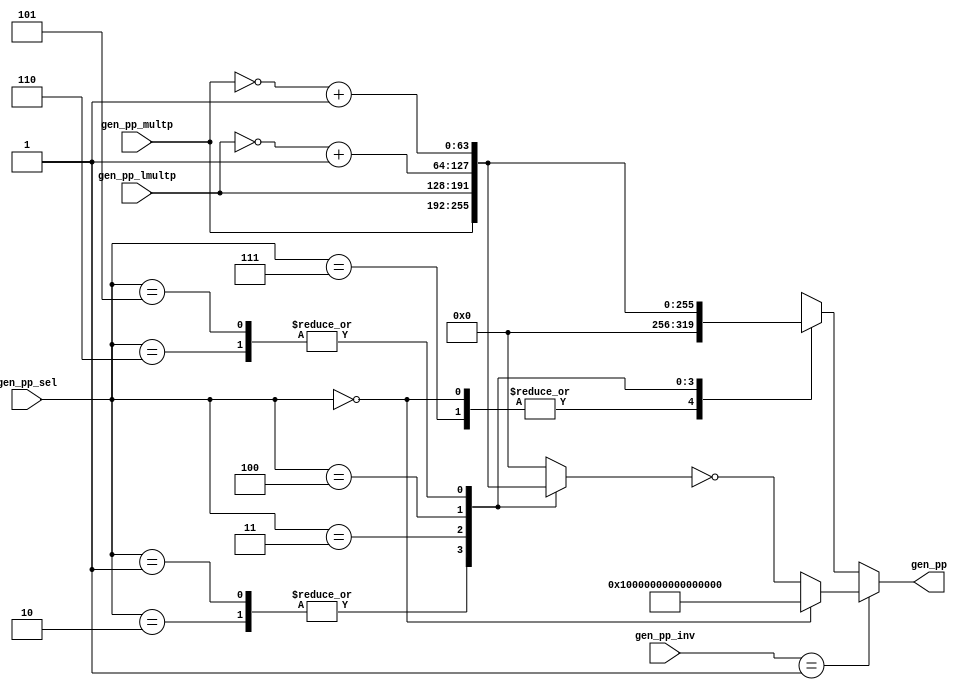
//
// Generated by Bluespec Compiler, version 2014.07.A (build 34078, 2014-07-30)
//
// On Fri Jan 22 01:17:53 IST 2016
//
//
// Ports:
// Name                         I/O  size props
// gen_pp                         O    64
// gen_pp_multp                   I    64
// gen_pp_lmultp                  I    64
// gen_pp_sel                     I     3
// gen_pp_inv                     I    32
//
// Combinational paths from inputs to outputs:
//   (gen_pp_multp, gen_pp_lmultp, gen_pp_sel, gen_pp_inv) -> gen_pp
//
//

`ifdef BSV_ASSIGNMENT_DELAY
`else
  `define BSV_ASSIGNMENT_DELAY
`endif

`ifdef BSV_POSITIVE_RESET
  `define BSV_RESET_VALUE 1'b1
  `define BSV_RESET_EDGE posedge
`else
  `define BSV_RESET_VALUE 1'b0
  `define BSV_RESET_EDGE negedge
`endif

module module_gen_pp(gen_pp_multp,
		     gen_pp_lmultp,
		     gen_pp_sel,
		     gen_pp_inv,
		     gen_pp);
  // value method gen_pp
  input  [63 : 0] gen_pp_multp;
  input  [63 : 0] gen_pp_lmultp;
  input  [2 : 0] gen_pp_sel;
  input  [31 : 0] gen_pp_inv;
  output [63 : 0] gen_pp;

  // signals for module outputs
  wire [63 : 0] gen_pp;

  // remaining internal signals
  reg [63 : 0] IF_gen_pp_sel_EQ_1_OR_gen_pp_sel_EQ_2_THEN_gen_ETC___d18,
	       _theResult____h25;
  wire [63 : 0] result__h28, result__h55, result__h67;

  // value method gen_pp
  assign gen_pp = (gen_pp_inv == 32'd1) ? result__h28 : _theResult____h25 ;

  // remaining internal signals
  assign result__h28 =
	     (gen_pp_sel == 3'd0) ?
	       64'hFFFFFFFFFFFFFFFF :
	       ~IF_gen_pp_sel_EQ_1_OR_gen_pp_sel_EQ_2_THEN_gen_ETC___d18 ;
  assign result__h55 = ~gen_pp_lmultp + 64'd1 ;
  assign result__h67 = ~gen_pp_multp + 64'd1 ;
  always@(gen_pp_sel or
	  gen_pp_multp or gen_pp_lmultp or result__h55 or result__h67)
  begin
    case (gen_pp_sel)
      3'd0, 3'd7: _theResult____h25 = 64'b0;
      3'd1, 3'd2: _theResult____h25 = gen_pp_multp;
      3'd3: _theResult____h25 = gen_pp_lmultp;
      3'd4: _theResult____h25 = result__h55;
      3'd5, 3'd6: _theResult____h25 = result__h67;
    endcase
  end
  always@(gen_pp_sel or
	  gen_pp_multp or gen_pp_lmultp or result__h55 or result__h67)
  begin
    case (gen_pp_sel)
      3'd1, 3'd2:
	  IF_gen_pp_sel_EQ_1_OR_gen_pp_sel_EQ_2_THEN_gen_ETC___d18 =
	      gen_pp_multp;
      3'd3:
	  IF_gen_pp_sel_EQ_1_OR_gen_pp_sel_EQ_2_THEN_gen_ETC___d18 =
	      gen_pp_lmultp;
      3'd4:
	  IF_gen_pp_sel_EQ_1_OR_gen_pp_sel_EQ_2_THEN_gen_ETC___d18 =
	      result__h55;
      3'd5, 3'd6:
	  IF_gen_pp_sel_EQ_1_OR_gen_pp_sel_EQ_2_THEN_gen_ETC___d18 =
	      result__h67;
      default: IF_gen_pp_sel_EQ_1_OR_gen_pp_sel_EQ_2_THEN_gen_ETC___d18 =
		   64'b0;
    endcase
  end
endmodule  // module_gen_pp